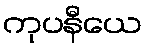
ကုပနီယေ